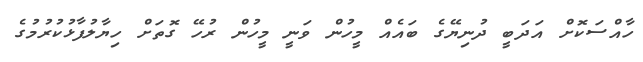
ހާއްސަކޮށް އަދަބީ ދުނިޔޭގެ ބައެއް މީހުން ވަނީ މީހުން ރުހޭ ގޮތަށް ހިޔާލުފާޅުކުރުމުގެ